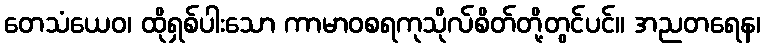
တေသံယေဝ၊ ထိုရှစ်ပါးသော ကာမာဝစရကုသိုလ်စိတ်တို့တွင်ပင်။ အညတရေန၊